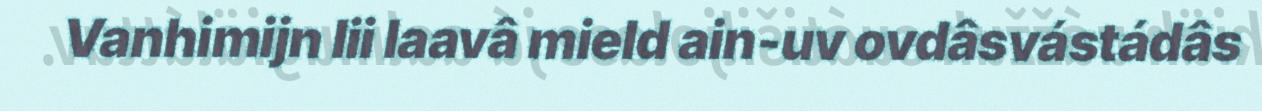
Vanhimijn lii laavâ mield ain-uv ovdâsvástádâs